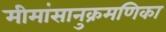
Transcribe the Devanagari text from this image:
मीमांसानुक्रमणिका